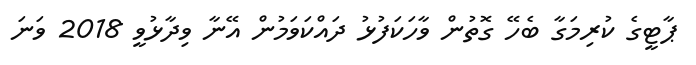
ޕާޓީގެ ކުރިމަގާ ބެހޭ ގޮތުން ވާހަކަފުޅު ދައްކަވަމުން އޭނާ ވިދާޅުވީ 2018 ވަނަ